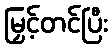
မြှင့်တင်ပြီး